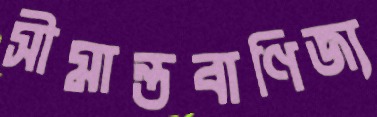
সীমান্তবাণিজ্য